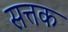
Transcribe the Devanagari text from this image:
सत्तक